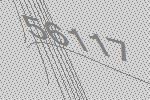
56117